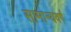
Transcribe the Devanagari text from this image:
सामान्यवर्ग